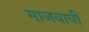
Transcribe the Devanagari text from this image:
माजवावी